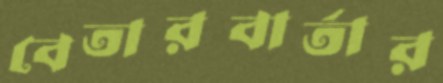
বেতারবার্তার